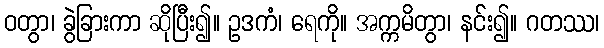
ဝတွာ၊ ခွဲခြားကာ ဆိုပြီး၍။ ဥဒကံ၊ ရေကို။ အက္ကမိတွာ၊ နင်း၍။ ဂတဿ၊